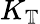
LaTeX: K_{\mathbb{T}}